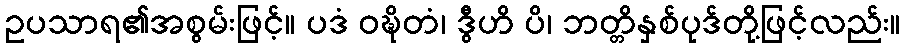
ဥပသာရ၏အစွမ်းဖြင့်။ ပဒံ ဝဍ္ဎိတံ၊ ဒွီဟိ ပိ၊ ဘတ္တိနှစ်ပုဒ်တို့ဖြင့်လည်း။